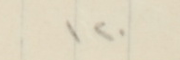
١٢٠